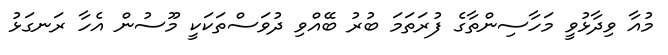
މުއާ ވިދާޅުވީ މަހާސިންތާގެ ފުރަތަމަ ބުރު ބޭއްވި ދުވަސްތަކަކީ މޫސުން އެހާ ރަނގަޅު